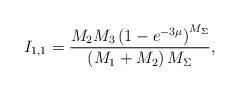
LaTeX: \begin{align*}I_{1,1} & =\frac{M_{2}M_{3}\left(1-e^{-3\mu}\right)^{M_{\Sigma}}}{\left(M_{1}+M_{2}\right)M_{\Sigma}},\end{align*}